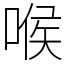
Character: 喉